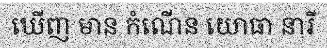
ឃើញ មាន កំណើន យោធា នារី